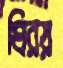
ঘিরয়